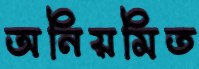
অনিয়মিত